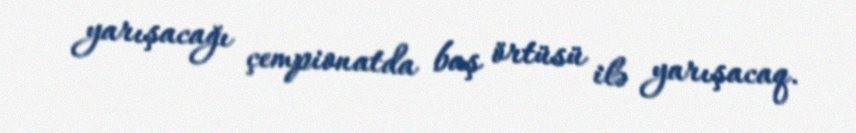
yarışacağı çempionatda baş örtüsü ilə yarışacaq.